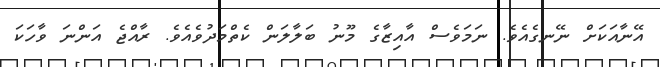
އޭނާއަކަށް ނޭނގެއެވެ. ނަމަވެސް އާއިޒާގެ މޫނު ބަލާލަން ކެތްމަދުވެއެވެ. ރާއްޖެ އަންނަ ވާހަކަ